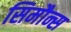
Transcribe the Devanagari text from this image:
सिमौन्स